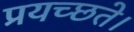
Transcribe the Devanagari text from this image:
प्रयच्छते।